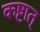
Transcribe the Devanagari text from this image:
कष्टात्